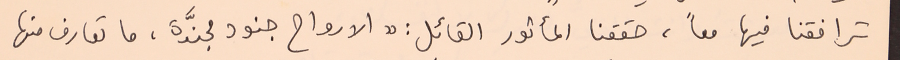
ترافقنا فيها معاً، حققنا المأثور القائل : "الارواح جنود مجنَّدة، ما تعارف منها